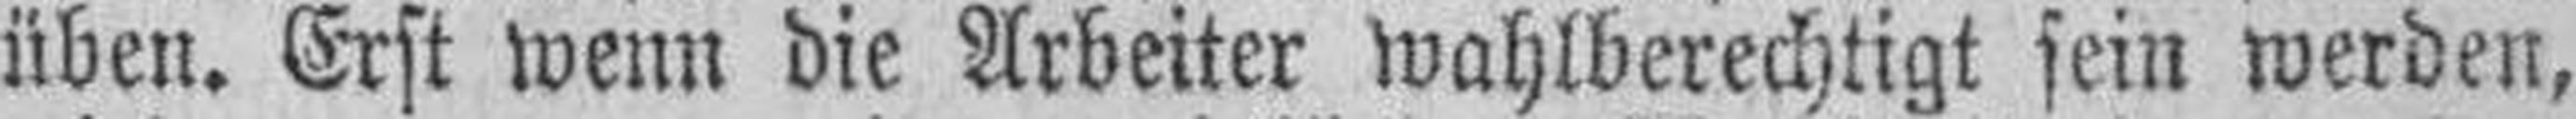
üben. Erst wenn die Arbeiter wahlberechtigt sein werden,